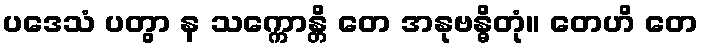
ပဒေသံ ပတွာ န သက္ကောန္တိ တေ အနုဗန္ဓိတုံ။ တေဟိ တေ